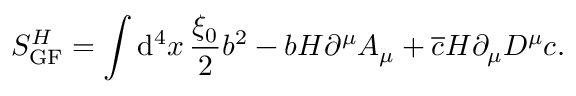
S _ { \mathrm { G F } } ^ { H } = \int \mathrm { d } ^ { 4 } x \, \frac { \xi _ { 0 } } { 2 } b ^ { 2 } - b H \partial ^ { \mu } A _ { \mu } + \overline { { c } } H \partial _ { \mu } D ^ { \mu } c .